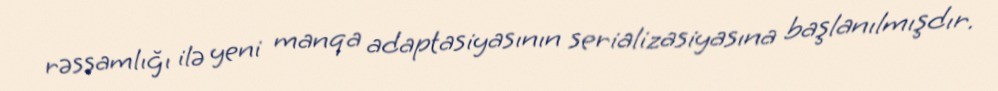
rəssamlığı ilə yeni manqa adaptasiyasının serializasiyasına başlanılmışdır.